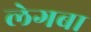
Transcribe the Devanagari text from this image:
लेगबा